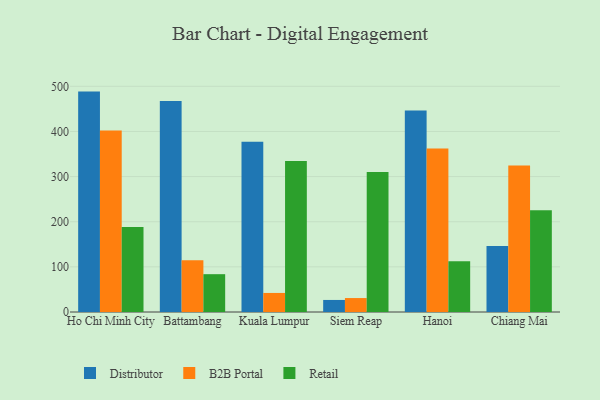
{"axis": {"x": "City", "y": "Bounce Rate (%)"}, "legend": ["B2B Portal", "Distributor", "Retail"], "data": [{"x": "Ho Chi Minh City", "y": 488.3, "type": "Distributor"}, {"x": "Ho Chi Minh City", "y": 402.3, "type": "B2B Portal"}, {"x": "Ho Chi Minh City", "y": 188.3, "type": "Retail"}, {"x": "Battambang", "y": 467.7, "type": "Distributor"}, {"x": "Battambang", "y": 114.7, "type": "B2B Portal"}, {"x": "Battambang", "y": 83.8, "type": "Retail"}, {"x": "Kuala Lumpur", "y": 377.0, "type": "Distributor"}, {"x": "Kuala Lumpur", "y": 42.2, "type": "B2B Portal"}, {"x": "Kuala Lumpur", "y": 334.7, "type": "Retail"}, {"x": "Siem Reap", "y": 26.7, "type": "Distributor"}, {"x": "Siem Reap", "y": 30.9, "type": "B2B Portal"}, {"x": "Siem Reap", "y": 310.3, "type": "Retail"}, {"x": "Hanoi", "y": 446.5, "type": "Distributor"}, {"x": "Hanoi", "y": 362.0, "type": "B2B Portal"}, {"x": "Hanoi", "y": 112.6, "type": "Retail"}, {"x": "Chiang Mai", "y": 146.0, "type": "Distributor"}, {"x": "Chiang Mai", "y": 324.8, "type": "B2B Portal"}, {"x": "Chiang Mai", "y": 225.7, "type": "Retail"}]}